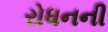
રોધનની